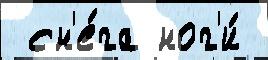
 сн'е́га ног'и́